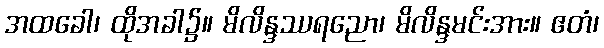
အထခေါ၊ ထိုအခါ၌။ မိလိန္ဒဿရညော၊ မိလိန္ဒမင်းအား။ ဧတံ၊